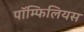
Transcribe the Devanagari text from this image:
पॉम्फिलियस